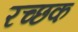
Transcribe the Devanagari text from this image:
रच्‍छक